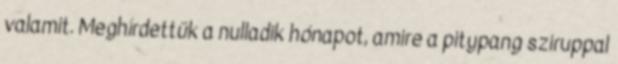
valamit. Meghírdettük a nulladik hónapot, amire a pitypang sziruppal